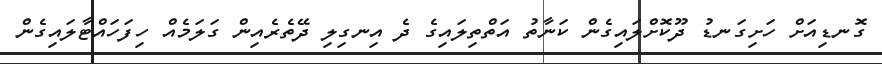
ގޮނޑިއަށް ހަށިގަނޑު ދޫކޮށްލައިގެން ކަނާތު އަތްތިލައިގެ ދެ އިނގިލި ދޭތެރެއިން ގަލަމެއް ހިފަހައްޓާލައިގެން